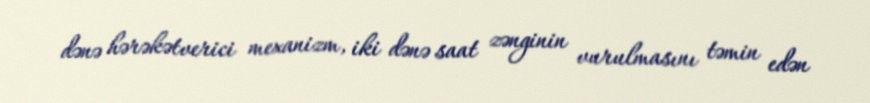
dənə hərəkətverici mexanizm, iki dənə saat zənginin vurulmasını təmin edən